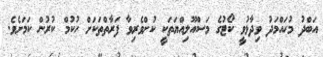
އަބްދު މުހައްމަދު ވިދާޅުވީ ކޯޓުގެ މަސްއޫލިއްޔަތަކީ ކުށްވެރިވާ ފަރާތްތަކަށް ހުކުމް ކުރުން ކަމަށެވެ.